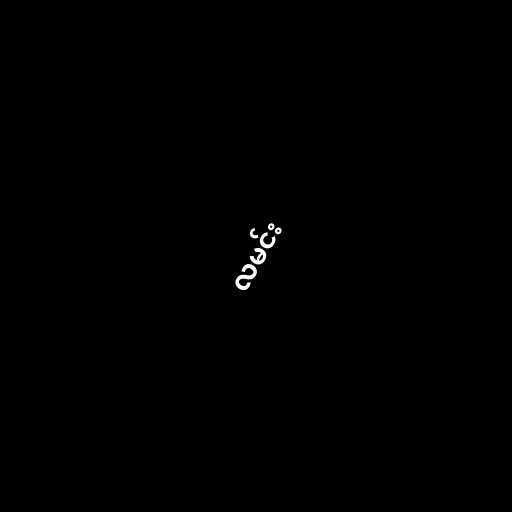
လမင်း